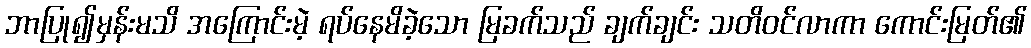
ဘာပြု၍မှန်းမသိ အကြောင်းမဲ့ ရပ်နေမိခဲ့သော မြခက်သည် ချက်ချင်း သတိဝင်လာကာ ကောင်းမြတ်၏